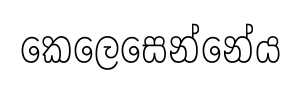
කෙලෙසෙන්නේය